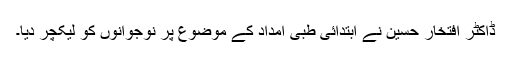
ڈاکٹر افتخار حسین نے ابتدائی طبی امداد کے موضوع پر نوجوانوں کو لیکچر دیا۔